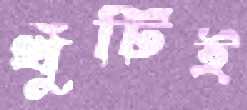
খুঁটিই